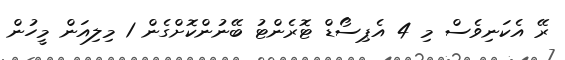
ރޭ އެކަނިވެސް މި 4 އެޕިސޯޑް ޓޮރެންޓު ބޭނުންކޮށްގެން 1 މިލިއަން މީހުން